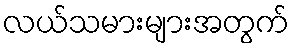
လယ်သမားများအတွက်